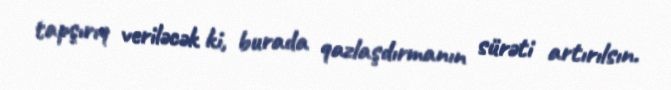
tapşırıq veriləcək ki, burada qazlaşdırmanın sürəti artırılsın.